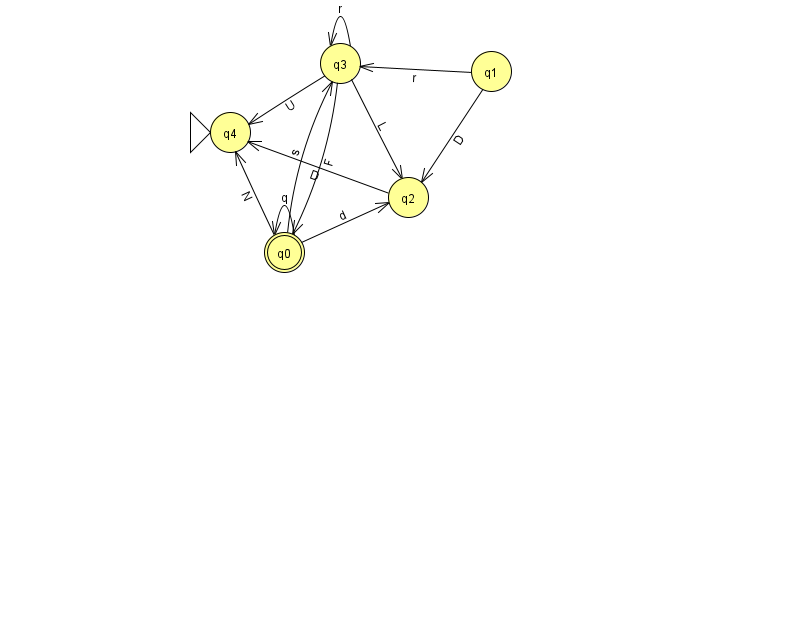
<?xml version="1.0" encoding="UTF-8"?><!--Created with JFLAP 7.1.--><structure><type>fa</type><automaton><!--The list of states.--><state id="0" name="q0"><x>284.0</x><y>239.0</y><final/></state><state id="1" name="q1"><x>491.0</x><y>58.0</y></state><state id="2" name="q2"><x>408.0</x><y>184.0</y></state><state id="3" name="q3"><x>340.0</x><y>50.0</y></state><state id="4" name="q4"><x>230.0</x><y>119.0</y><initial/></state><!--The list of transitions.--><transition><from>0</from><to>0</to><read>q</read></transition><transition><from>3</from><to>3</to><read>r</read></transition><transition><from>1</from><to>3</to><read>r</read></transition><transition><from>1</from><to>2</to><read>D</read></transition><transition><from>0</from><to>3</to><read>s</read></transition><transition><from>2</from><to>4</to><read>D</read></transition><transition><from>3</from><to>2</to><read>L</read></transition><transition><from>0</from><to>2</to><read>d</read></transition><transition><from>0</from><to>4</to><read>N</read></transition><transition><from>3</from><to>0</to><read>F</read></transition><transition><from>3</from><to>4</to><read>U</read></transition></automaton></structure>